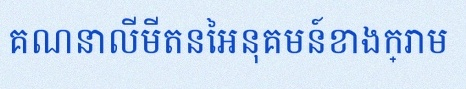
គណនាលីមីតនៃអនុគមន៍ខាងក្រោម